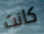
كانت